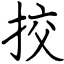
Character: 挍